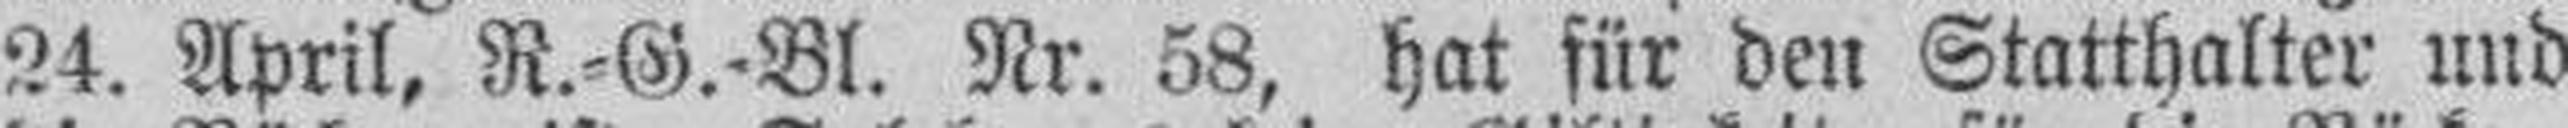
24. April, R.=G.=Bl. Nr. 58, hat für den Statthalter und